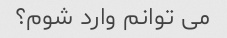
می توانم وارد شوم؟